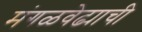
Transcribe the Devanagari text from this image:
मंगळवेढ्याची